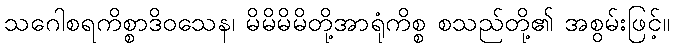
သဂေါစရကိစ္စာဒိဝသေန၊ မိမိမိမိတို့အာရုံကိစ္စ စသည်တို့၏ အစွမ်းဖြင့်။